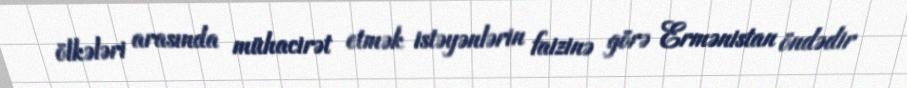
ölkələri arasında mühacirət etmək istəyənlərin faizinə görə Ermənistan öndədir